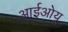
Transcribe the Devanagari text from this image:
आईओयू